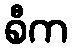
စီက